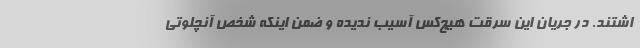
اشتند. در جریان این سرقت هیچ‌کس آسیب ندیده و ضمن اینکه شخص آنچلوتی